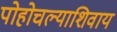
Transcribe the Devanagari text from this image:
पोहोचल्याशिवाय